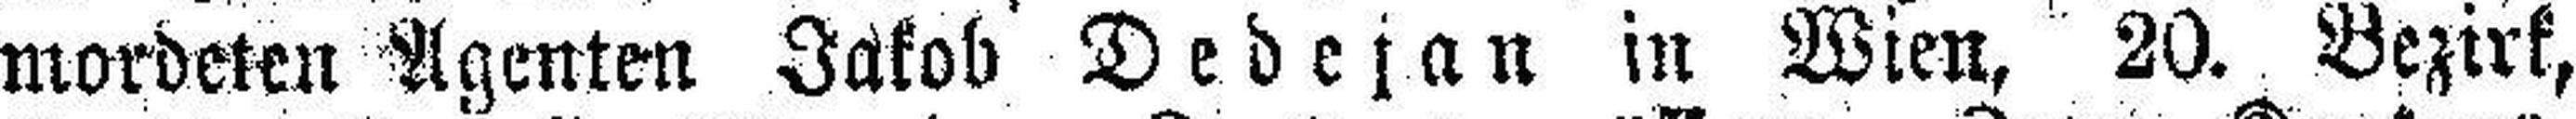
mordeten Agenten Jakob Dedejan in Wien, 20. Bezirk,